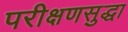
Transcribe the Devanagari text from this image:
परीक्षणसुद्धा